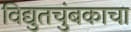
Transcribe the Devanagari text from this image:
विद्युतचुंबकाचा